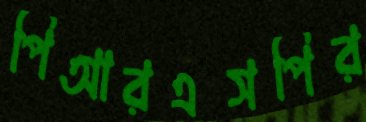
পিআরএসপির